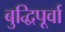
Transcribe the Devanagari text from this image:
बुद्धिपूर्वा